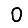
Digit: 0